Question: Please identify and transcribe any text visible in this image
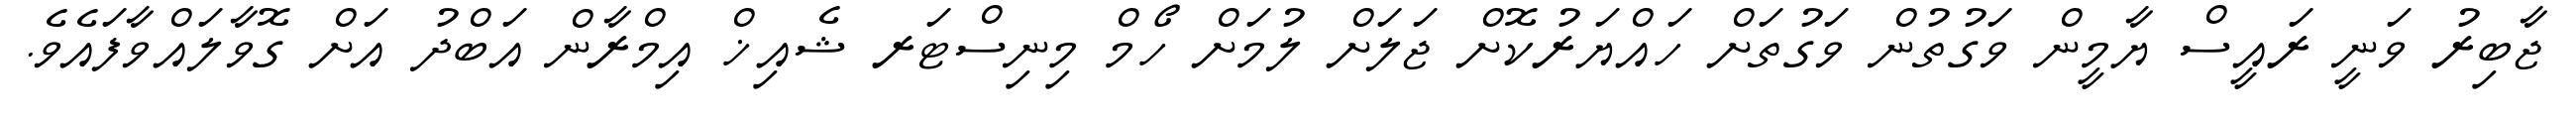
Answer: ޖާބިރު ވަނީ ރައީސް ޔާމީން ވަގުތުން ވަގުތަށް ހައްޔަރުކޮށް ޖަލަށް ލުމަށް ހޯމް މިނިސްޓަރ ޝެއިޚް އިމްރާން އަބްދު އަށް ގޮވާލައްވާފައެވެ.